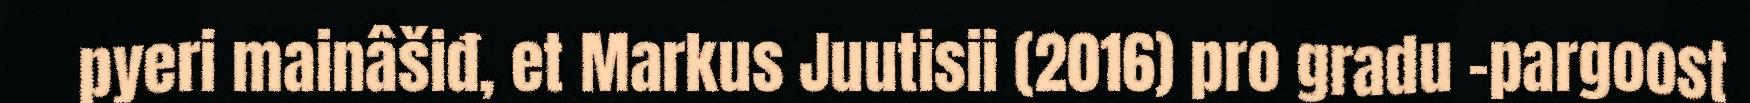
pyeri mainâšiđ, et Markus Juutisii (2016) pro gradu -pargoost